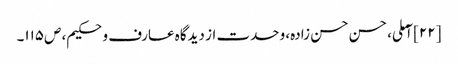
[۲۲] آملی، حسن حسن زادہ، وحدت از دیدگاه عارف و حکیم، ص‌۱۱۵۔